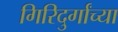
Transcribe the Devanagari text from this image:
गिरिदुर्गांच्या